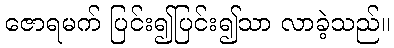
ဇောရမက် ပြင်း၍ပြင်း၍သာ လာခဲ့သည်။